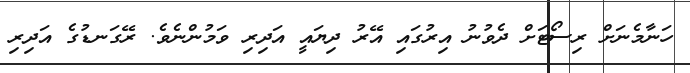
ހަނާމެނަށް ރިސޯޓަށް ދެވުނު އިރުގައި އޭރު ދިޔައީ އަދިރި ވަމުންނެވެ. ރޭގަނޑުގެ އަދިރި